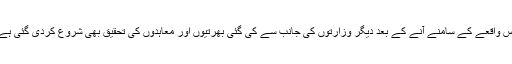
اس واقعے کے سامنے آنے کے بعد دیگر وزارتوں کی جانب سے کی گئی بھرتیوں اور معاہدوں کی تحقیق بھی شروع کردی گئی ہے۔